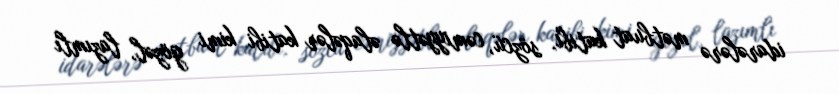
idarələrə mətbuat katibi, sözcü, cəmiyyətlə əlaqələr katibi kimi gözəl, lazımlı